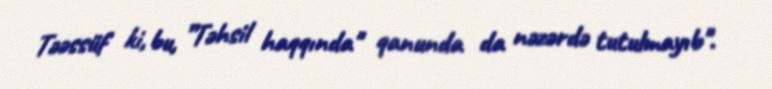
Təəssüf ki, bu, ”Təhsil haqqında" qanunda da nəzərdə tutulmayıb".